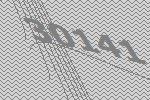
30141